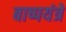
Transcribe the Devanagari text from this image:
बाष्पयंत्रे